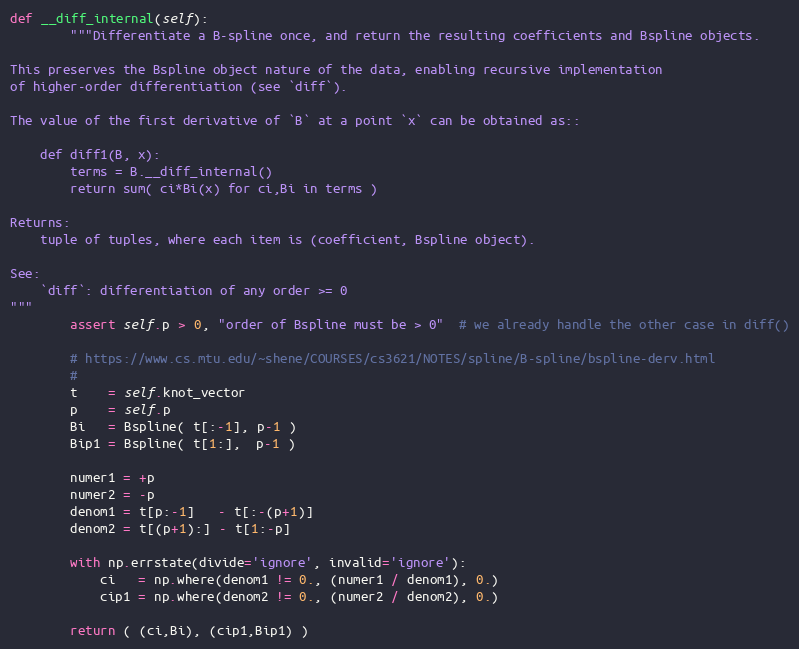
Language: Python
def __diff_internal(self):
        """Differentiate a B-spline once, and return the resulting coefficients and Bspline objects.

This preserves the Bspline object nature of the data, enabling recursive implementation
of higher-order differentiation (see `diff`).

The value of the first derivative of `B` at a point `x` can be obtained as::

    def diff1(B, x):
        terms = B.__diff_internal()
        return sum( ci*Bi(x) for ci,Bi in terms )

Returns:
    tuple of tuples, where each item is (coefficient, Bspline object).

See:
    `diff`: differentiation of any order >= 0
"""
        assert self.p > 0, "order of Bspline must be > 0"  # we already handle the other case in diff()

        # https://www.cs.mtu.edu/~shene/COURSES/cs3621/NOTES/spline/B-spline/bspline-derv.html
        #
        t    = self.knot_vector
        p    = self.p
        Bi   = Bspline( t[:-1], p-1 )
        Bip1 = Bspline( t[1:],  p-1 )

        numer1 = +p
        numer2 = -p
        denom1 = t[p:-1]   - t[:-(p+1)]
        denom2 = t[(p+1):] - t[1:-p]

        with np.errstate(divide='ignore', invalid='ignore'):
            ci   = np.where(denom1 != 0., (numer1 / denom1), 0.)
            cip1 = np.where(denom2 != 0., (numer2 / denom2), 0.)

        return ( (ci,Bi), (cip1,Bip1) )